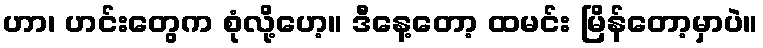
ဟာ၊ ဟင်းတွေက စုံလို့ဟေ့။ ဒီနေ့တော့ ထမင်း မြိန်တော့မှာပဲ။